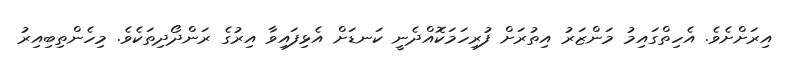
އިރަށްށެވެ. އެހިތްގައިމު މަންޒަރު އިތުރަށް ފުރިހަމަކޮއްދެނީ ކަނޑަށް އެޅިފައިވާ އިރުގެ ރަންދޯދިތަކެވެ. މިހެންތިބިއިރު